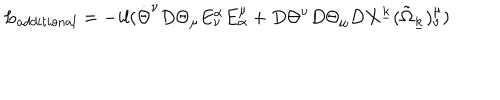
LaTeX: L _ { a d d i t i o n a l } = - i l ( { \dot { \Theta } } ^ { \nu } D \Theta _ { \mu } E _ { \nu } ^ { \alpha } E _ { \alpha } ^ { \mu } + D \Theta ^ { \nu } D \Theta _ { \mu } D X ^ { \underline { { { k } } } } ( { \tilde { \Omega } } _ { \underline { { { k } } } } ) _ { \nu } ^ { \mu } )